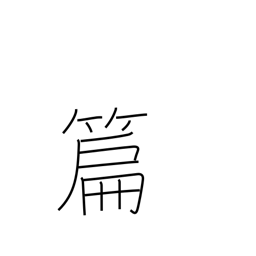
Meaning: compilation